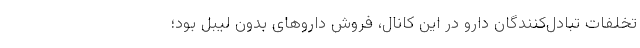
تخلفات تبادل‌کنندگان دارو در این کانال، فروش داروهای بدون لیبل بود؛